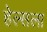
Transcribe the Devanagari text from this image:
हेल्सला